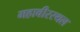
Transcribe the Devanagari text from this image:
महावीरस्थल